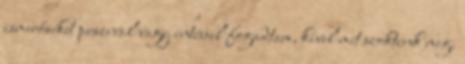
ismerőseket puszival vagy intéssel fogadtam, kivel mit szoktunk meg.